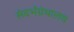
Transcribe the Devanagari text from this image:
संदर्भग्रंथालय